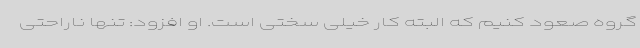
گروه صعود کنیم که البته کار خیلی سختی است. او افزود: تنها ناراحتی